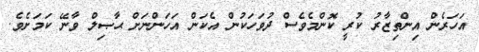
އަހަރެން އިންތިޒާރު ކުރީ ކޮންމެވެސް ދުވަހަކުން އެކަން އަހަންނަށް ޙާޞިލް ވާނޭ ކަމަށެވެ.